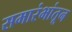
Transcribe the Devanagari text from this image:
समारंभांतून